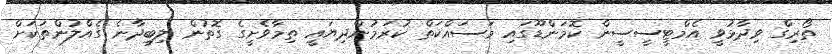
ތޯރިގް ވިދާޅުވީ އެމްޓީސީސީން ކޮމަންޑޫގައި މަސައްކަތް ކުރަމުންދިޔައީ ތިމާވެށީގެ ގޮތުން ލިބިދާނެ ގެއްލުންތަކަށް